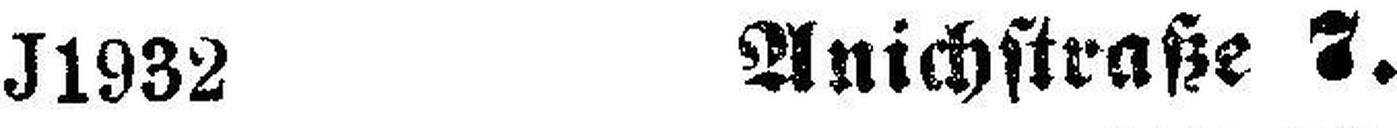
J1932 Anichstraße 7.